Senior Leaving Certificate Examination (including Day School Certificate (Higher) General paper), 1947
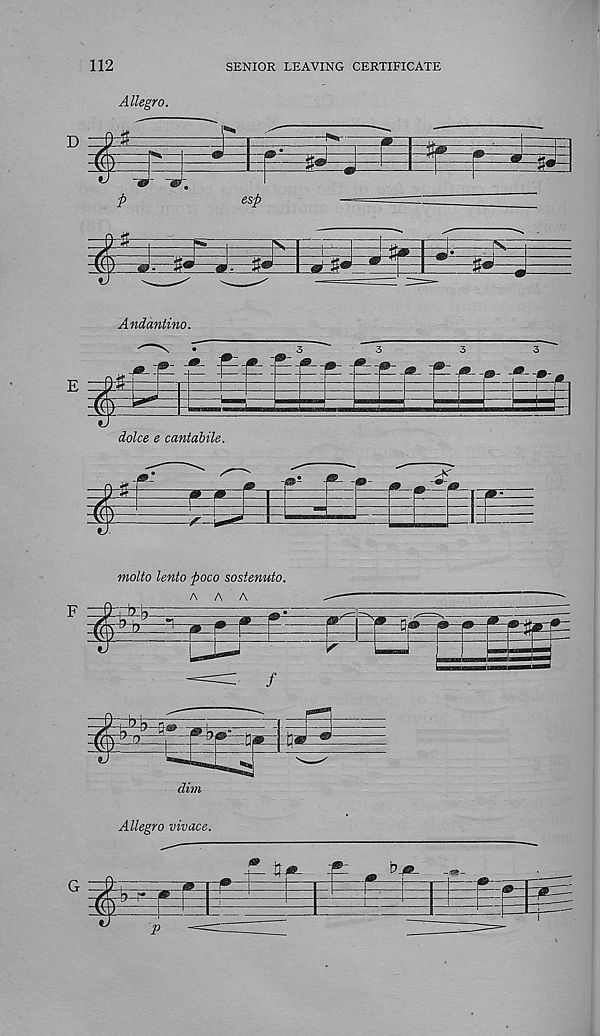
112
SENIOR LEAVING CERTIFICATE
Allegro.
D
H
ft
esft
Andantino.
molto lento ftoco sostenuto.
AAA
dim
Allegro vivace.